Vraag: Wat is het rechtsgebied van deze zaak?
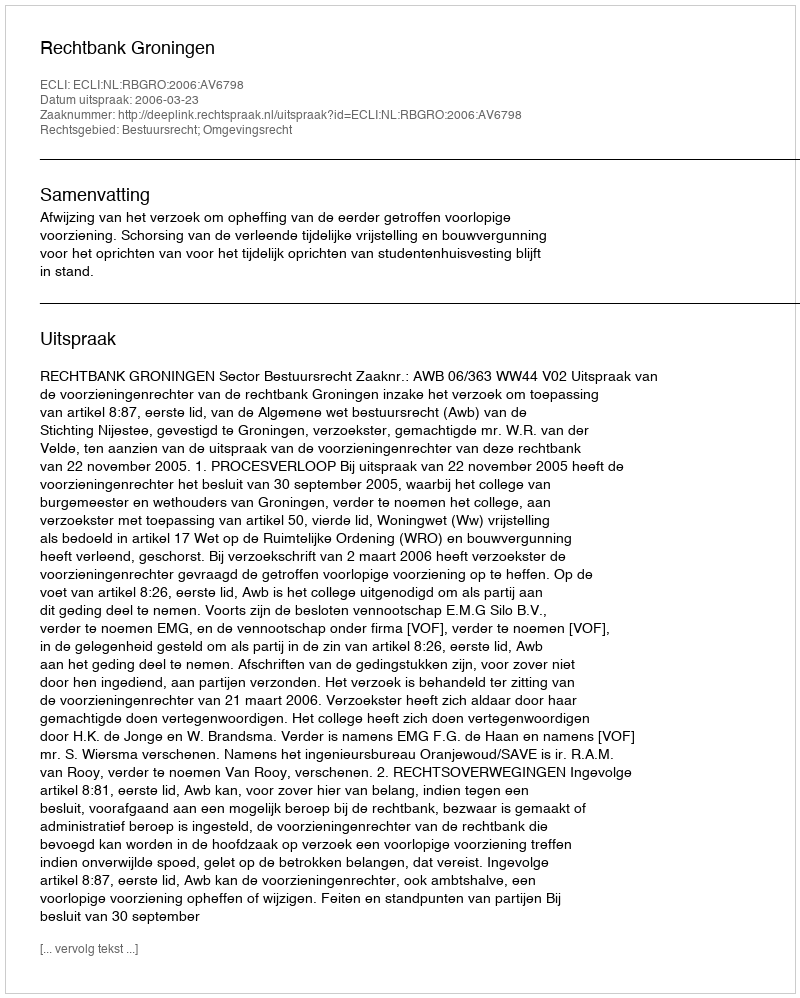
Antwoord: Bestuursrecht; Omgevingsrecht